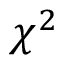
\chi ^ { 2 }